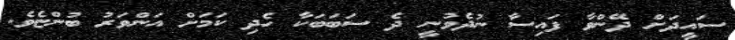
ސައީދަށް ދޭންވާ ފައިސާ ނުދެވުނީ ދެ ސަބަބަކާ ހެދި ކަމަށް އަންވަރު ބުންޏެވެ.